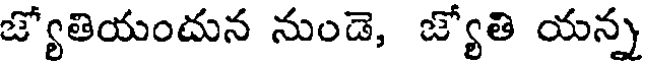
జ్యోతియందున నుండె, జ్యోతి యన్న